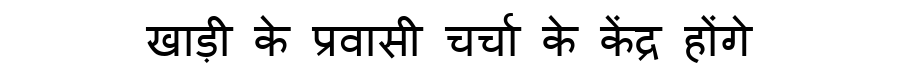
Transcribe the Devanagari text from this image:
खाड़ी के प्रवासी चर्चा के केंद्र होंगे